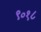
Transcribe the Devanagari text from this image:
९०१८